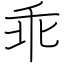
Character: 乖